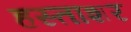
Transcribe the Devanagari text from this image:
हस्ताशर